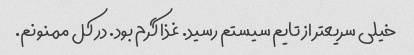
خیلی سریعتر از تایم سیستم رسید. غذا گرم بود. در کل ممنونم.